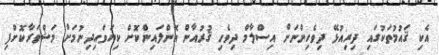
އެކި ޤައުމުތަކުގައި ދިރިއުޅޭ ދިވެހިންނަށް އިސްލާމް ދިވެހި ޤުރުއާން އޮންލައިންކޮށް ކިޔަވައިދިނުމަށް މަޝްވަރާކޮށްފި